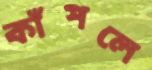
কাঁপলে